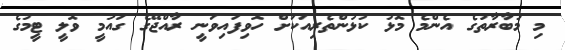
މި މުބާރާތުގެ އެންމެ މޮޅު ކުޅުންތެރިއަކަށް ހޮވިފައިވަނީ ރާއްޖޭގެ ގައުމީ ވޮލީ ޓީމުގެ